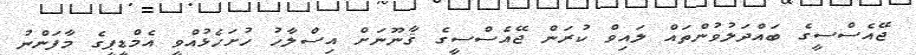
ޖޭއެސްސީގެ ބައްދަލުވުންތައް ލައިވް ކުރަން ޖޭއެސްސީގެ ޤާނޫނަށް އިސްލާހު ހުށަހެޅުއްވީ އެމްޑީޕީގެ މާފަންނު